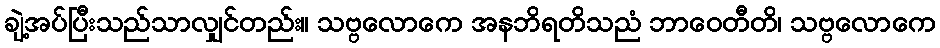
ချဲ့အပ်ပြီးသည်သာလျှင်တည်း။ သဗ္ဗလောကေ အနဘိရတိသညံ ဘာဝေတီတိ၊ သဗ္ဗလောကေ